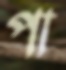
পা